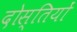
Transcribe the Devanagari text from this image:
दोस्तियों